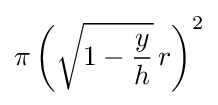
\pi \left({\sqrt {1-{\frac {y}{h}}}}\,r\right)^{2}